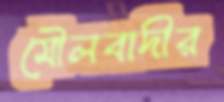
মৌলবাদীর